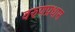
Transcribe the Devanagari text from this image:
वरुणप्रधास